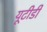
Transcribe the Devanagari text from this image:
यूटीडी